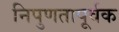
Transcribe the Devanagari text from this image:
निपुणतापूर्वक